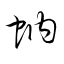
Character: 蚋